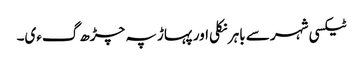
ٹیکسی شہر سے باہر نکلی اور پہاڑ پہ چڑھ گءی۔